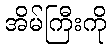
အိမ်ကြီးကို